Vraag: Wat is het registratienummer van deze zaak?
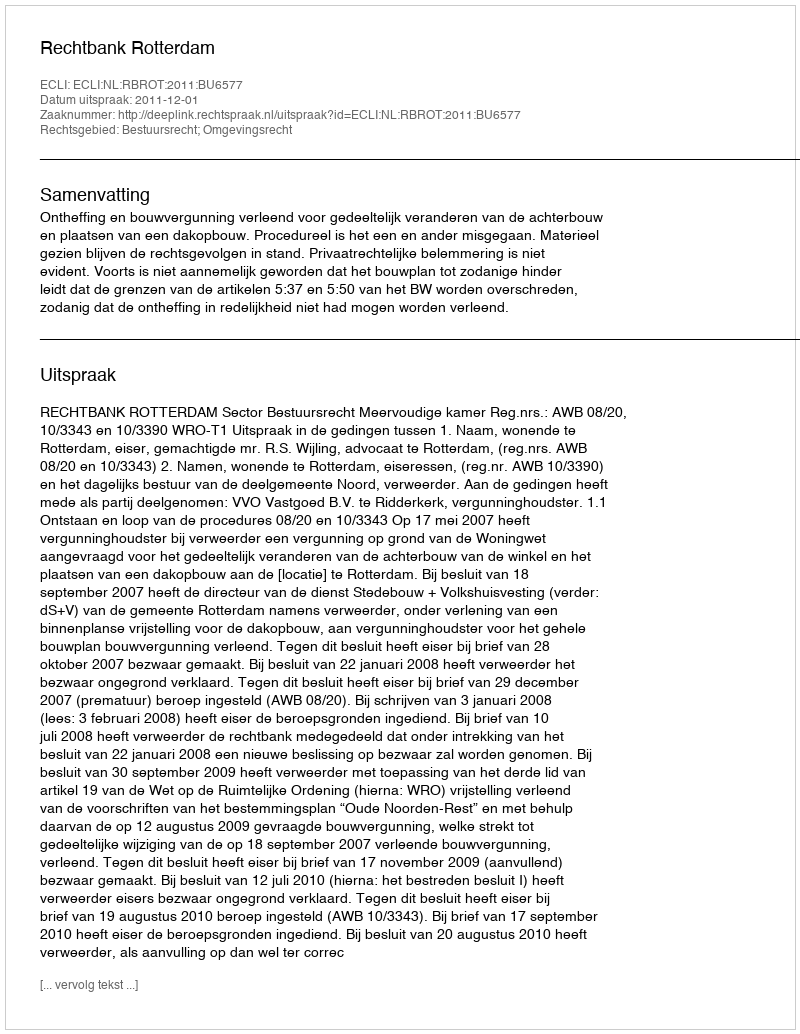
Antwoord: http://deeplink.rechtspraak.nl/uitspraak?id=ECLI:NL:RBROT:2011:BU6577